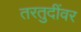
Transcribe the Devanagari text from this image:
तरतुदींवर